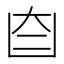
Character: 𦣼